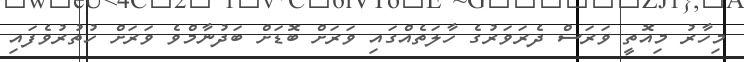
މިހާރު މިއޮތީ ވަރަސް ދެރަވަރުގެ ހާލަތެއްގައި ވަރަށް ބޮޑަށް ބަދުނާމްވެ ވަރަށް ހުތުރުވެފައި